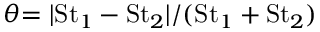
\theta { = | \mathrm { S t } _ { 1 } - \mathrm { S t } _ { 2 } | / ( \mathrm { S t } _ { 1 } + \mathrm { S t } _ { 2 } ) }